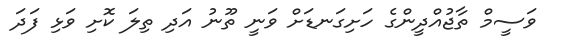
ވަސީމް ތާޖުއްދީންގެ ހަށިގަނޑަށް ވަނީ ތޫނު އަދި ތިލަ ކޮށި ވަޅި ފަދަ